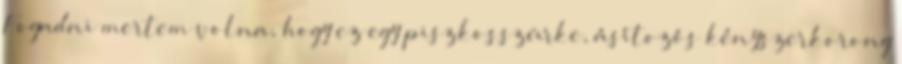
Fogadni mertem volna, hogy ez egy piszkosszürke, ásítozós kényszerkorong